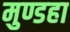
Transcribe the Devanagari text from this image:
मुण्डहा